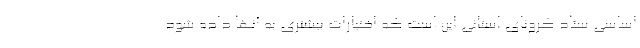
اساسی ستاد کرونای استانی این است که اختیارات بیشتری به آنها داده شود